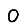
Digit: 0